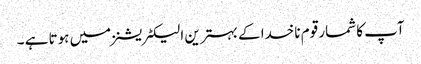
آپ کا شمار قوم ناخدا کے بہترین الیکٹریشنز میں ہوتا ہے ۔